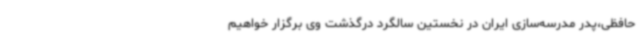
حافظی،پدر مدرسه‌سازی ایران در نخستین سالگرد درگذشت وی برگزار خواهیم